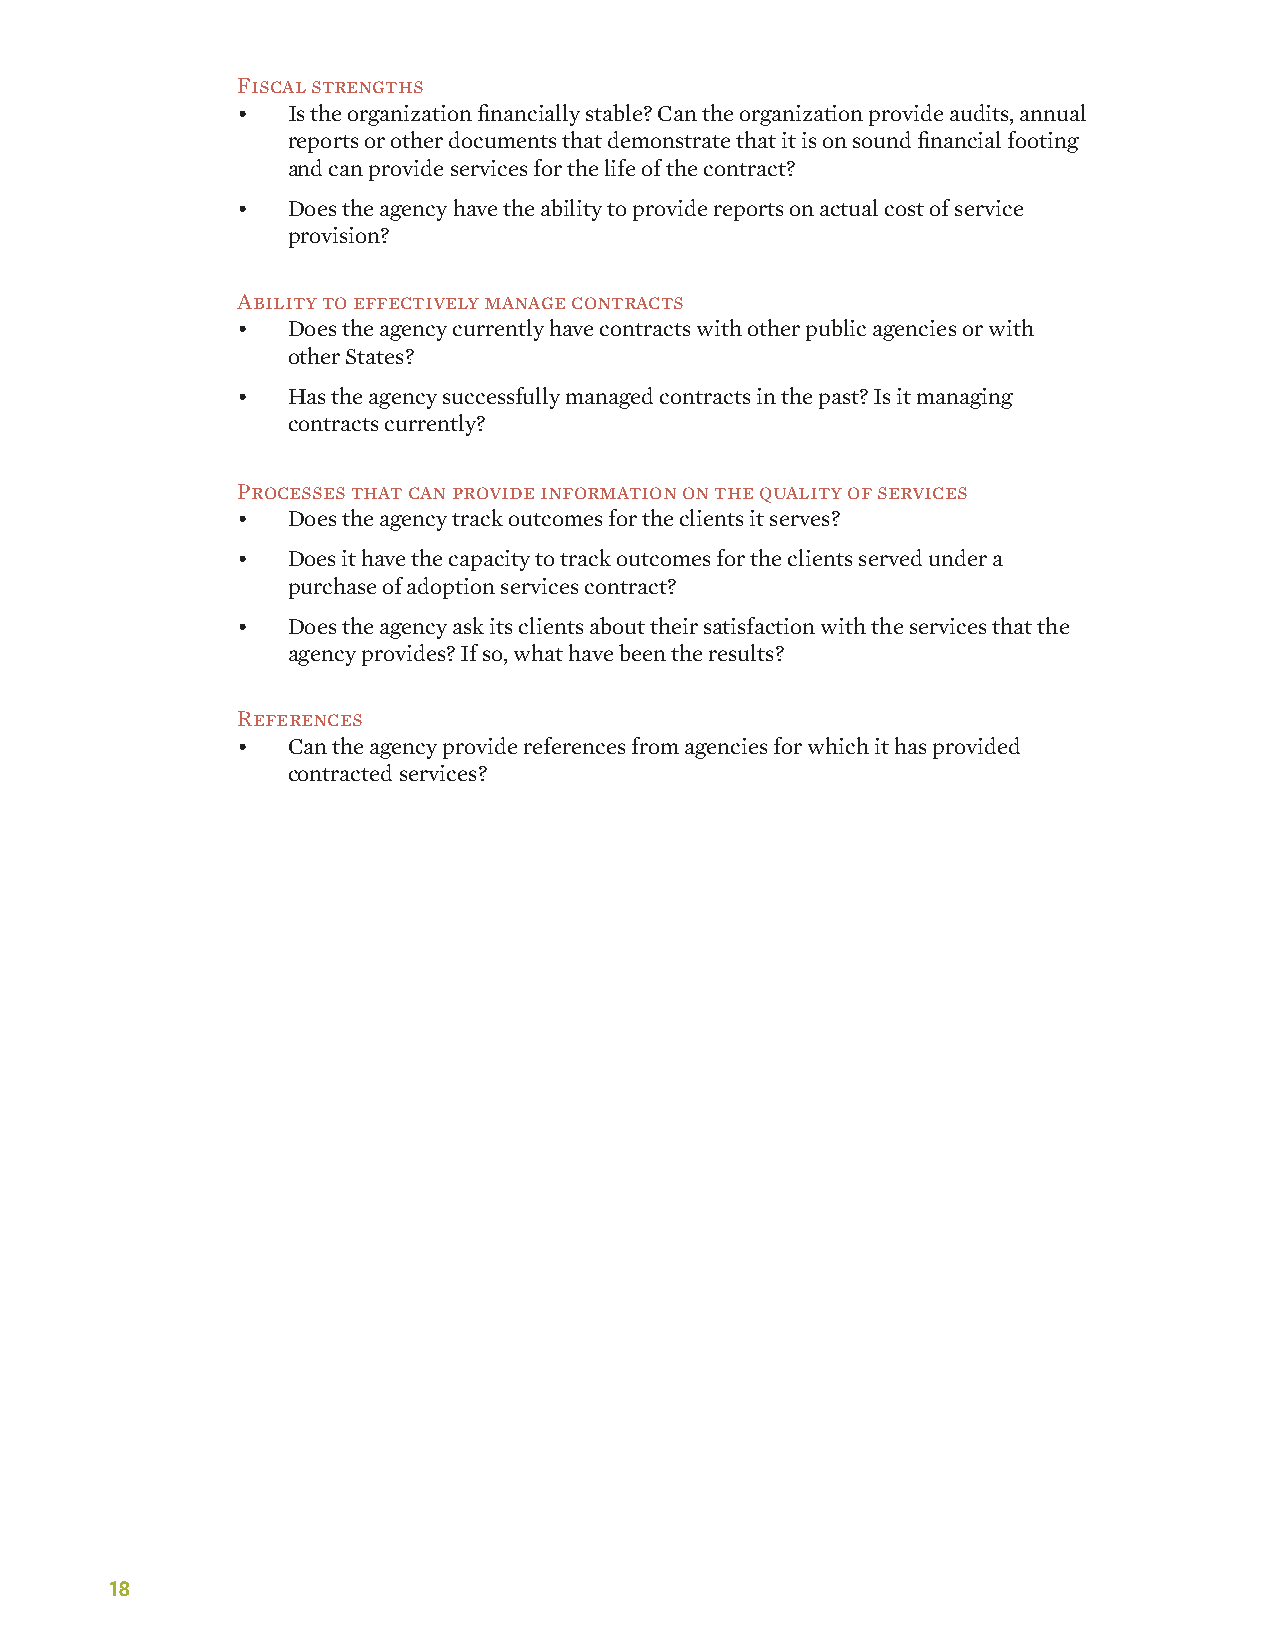
Fiscal strengths
 •  Is the organization financially stable? Can the organization provide audits, annual
 reports or other documents that demonstrate that it is on sound financial footing
 and can provide services for the life of the contract?
 •  Does the agency have the ability to provide reports on actual cost of service
 provision?
 Ability to effectively manage contracts
 •  Does the agency currently have contracts with other public agencies or with
 other States?
 •  Has the agency successfully managed contracts in the past? Is it managing
 contracts currently?
 Processes that can provide information on the quality of services
 •  Does the agency track outcomes for the clients it serves?
 •  Does it have the capacity to track outcomes for the clients served under a
 purchase of adoption services contract?
 •  Does the agency ask its clients about their satisfaction with the services that the
 agency provides? If so, what have been the results?
 References
 •  Can the agency provide references from agencies for which it has provided
 contracted services?
 18